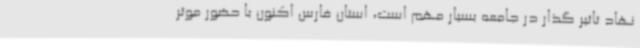
نهاد تاثیر گذار در جامعه بسیار مهم است، استان فارس اکنون با حضور موثر